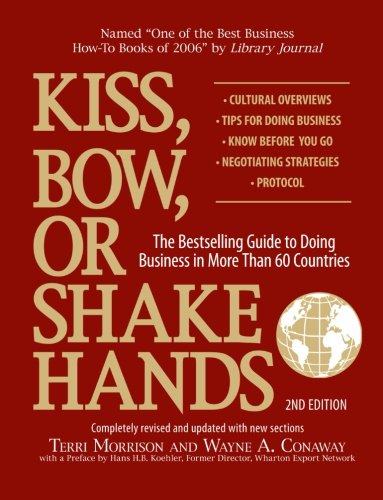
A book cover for Kiss, Bow, Or Shake Hands: The Bestselling Guide to Doing Business in More Than 60 Countries; Terri Morrison; Business & Money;